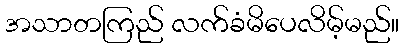
အသာတကြည် လက်ခံမိပေလိမ့်မည်။